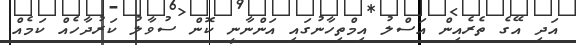
އަދި އޭގެ ތެރެއިން އަސްލު އިމްތިހާނުގައި އަންނާނީ ކޮން ސުވާލު ކަރުދާހެއް ކަމެއް